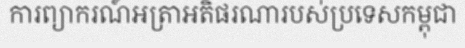
ការព្យាករណ៍អត្រាអតិផរណារបស់ប្រទេសកម្ពុជា